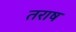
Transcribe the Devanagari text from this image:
तराष